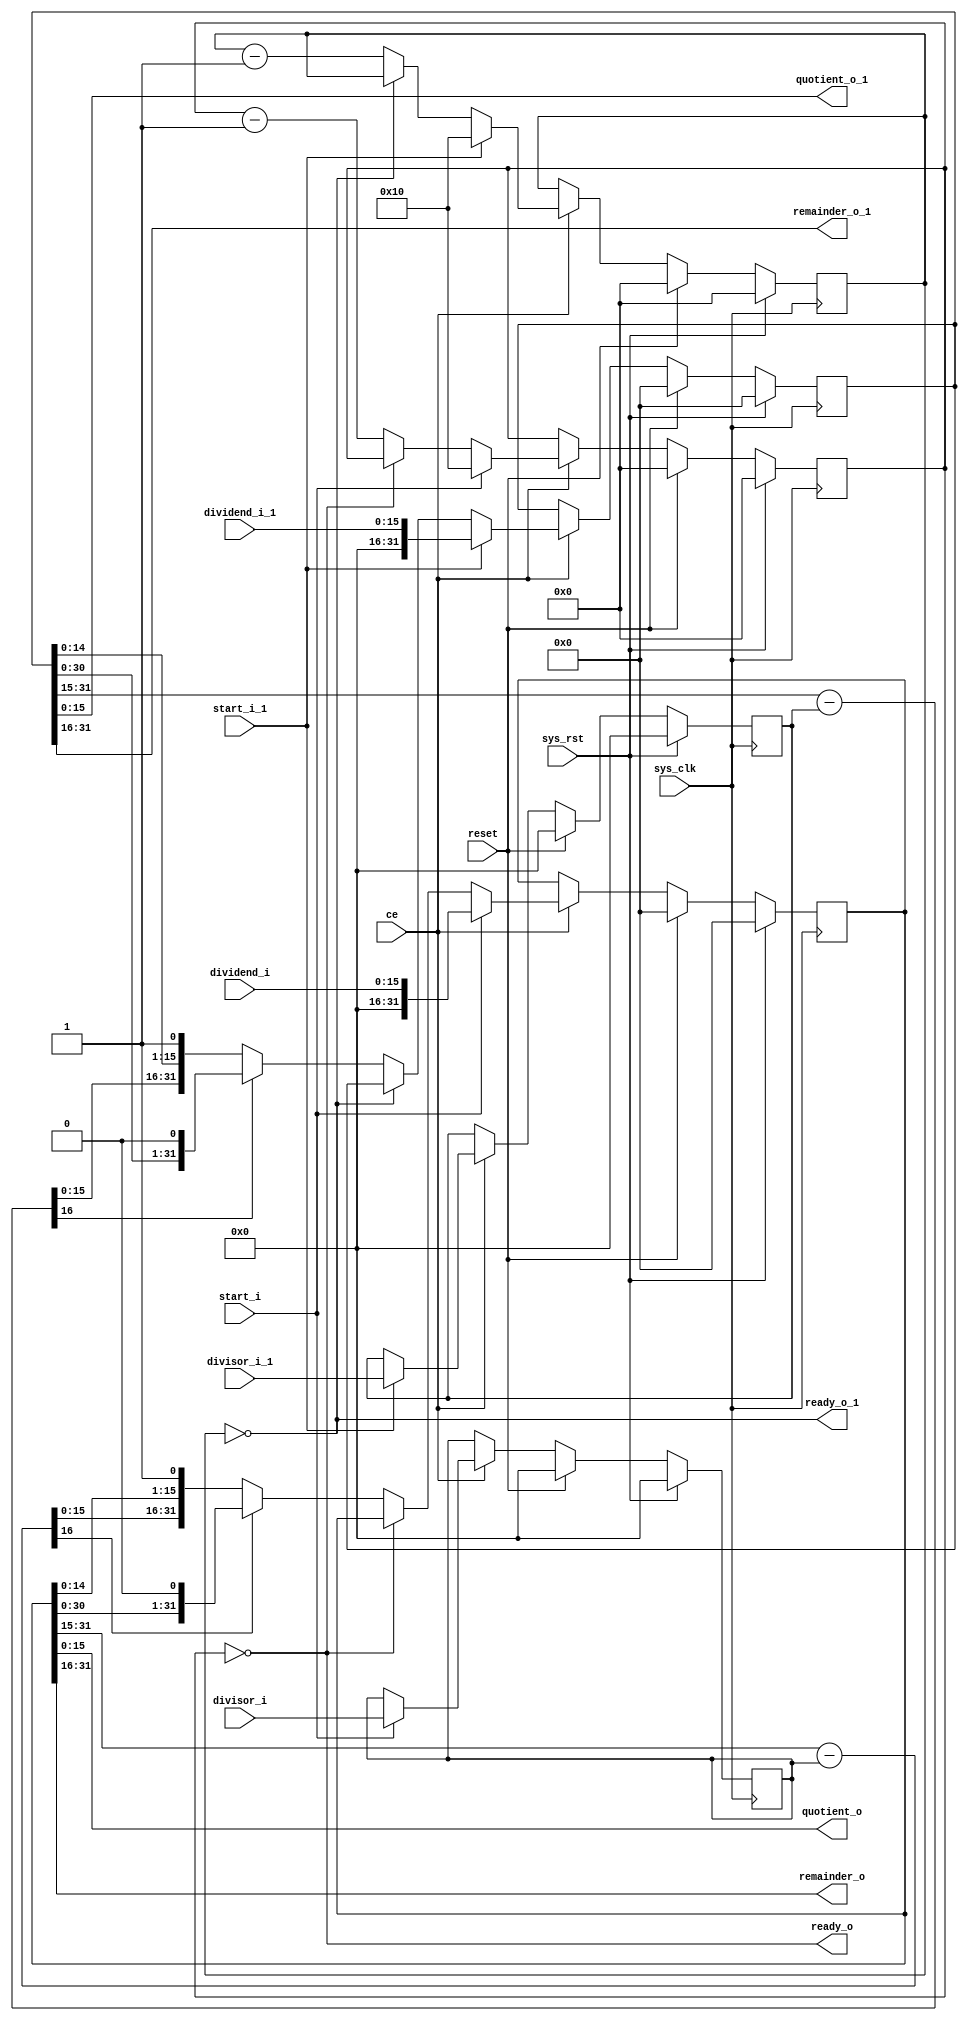
/* Machine-generated using Migen */
module top(
	input start_i,
	input [15:0] dividend_i,
	input [15:0] divisor_i,
	output ready_o,
	output [15:0] quotient_o,
	output [15:0] remainder_o,
	input start_i_1,
	input [15:0] dividend_i_1,
	input [15:0] divisor_i_1,
	output ready_o_1,
	output [15:0] quotient_o_1,
	output [15:0] remainder_o_1,
	input ce,
	input reset,
	input sys_clk,
	input sys_rst
);

reg [31:0] d1_qr = 32'd0;
reg [4:0] d1_counter = 5'd0;
reg [15:0] d1_divisor_r = 16'd0;
wire [16:0] d1_diff;
reg [31:0] d2_qr = 32'd0;
reg [4:0] d2_counter = 5'd0;
reg [15:0] d2_divisor_r = 16'd0;
wire [16:0] d2_diff;

// synthesis translate_off
reg dummy_s;
initial dummy_s <= 1'd0;
// synthesis translate_on

assign quotient_o = d1_qr[15:0];
assign remainder_o = d1_qr[31:16];
assign ready_o = (d1_counter == 1'd0);
assign d1_diff = (d1_qr[31:15] - d1_divisor_r);
assign quotient_o_1 = d2_qr[15:0];
assign remainder_o_1 = d2_qr[31:16];
assign ready_o_1 = (d2_counter == 1'd0);
assign d2_diff = (d2_qr[31:15] - d2_divisor_r);

always @(posedge sys_clk) begin
	if (ce) begin
		if (start_i) begin
			d1_counter <= 5'd16;
			d1_qr <= dividend_i;
			d1_divisor_r <= divisor_i;
		end else begin
			if ((~ready_o)) begin
				if (d1_diff[16]) begin
					d1_qr <= {d1_qr[30:0], 1'd0};
				end else begin
					d1_qr <= {d1_diff[15:0], d1_qr[14:0], 1'd1};
				end
				d1_counter <= (d1_counter - 1'd1);
			end
		end
		if (start_i_1) begin
			d2_counter <= 5'd16;
			d2_qr <= dividend_i_1;
			d2_divisor_r <= divisor_i_1;
		end else begin
			if ((~ready_o_1)) begin
				if (d2_diff[16]) begin
					d2_qr <= {d2_qr[30:0], 1'd0};
				end else begin
					d2_qr <= {d2_diff[15:0], d2_qr[14:0], 1'd1};
				end
				d2_counter <= (d2_counter - 1'd1);
			end
		end
	end
	if (reset) begin
		d1_qr <= 32'd0;
		d1_counter <= 5'd0;
		d1_divisor_r <= 16'd0;
		d2_qr <= 32'd0;
		d2_counter <= 5'd0;
		d2_divisor_r <= 16'd0;
	end
	if (sys_rst) begin
		d1_qr <= 32'd0;
		d1_counter <= 5'd0;
		d1_divisor_r <= 16'd0;
		d2_qr <= 32'd0;
		d2_counter <= 5'd0;
		d2_divisor_r <= 16'd0;
	end
end

endmodule